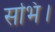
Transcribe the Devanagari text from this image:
सभि।